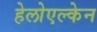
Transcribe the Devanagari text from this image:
हेलोएल्केन